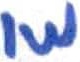
Text: 1W